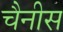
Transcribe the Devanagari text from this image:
चैनीस